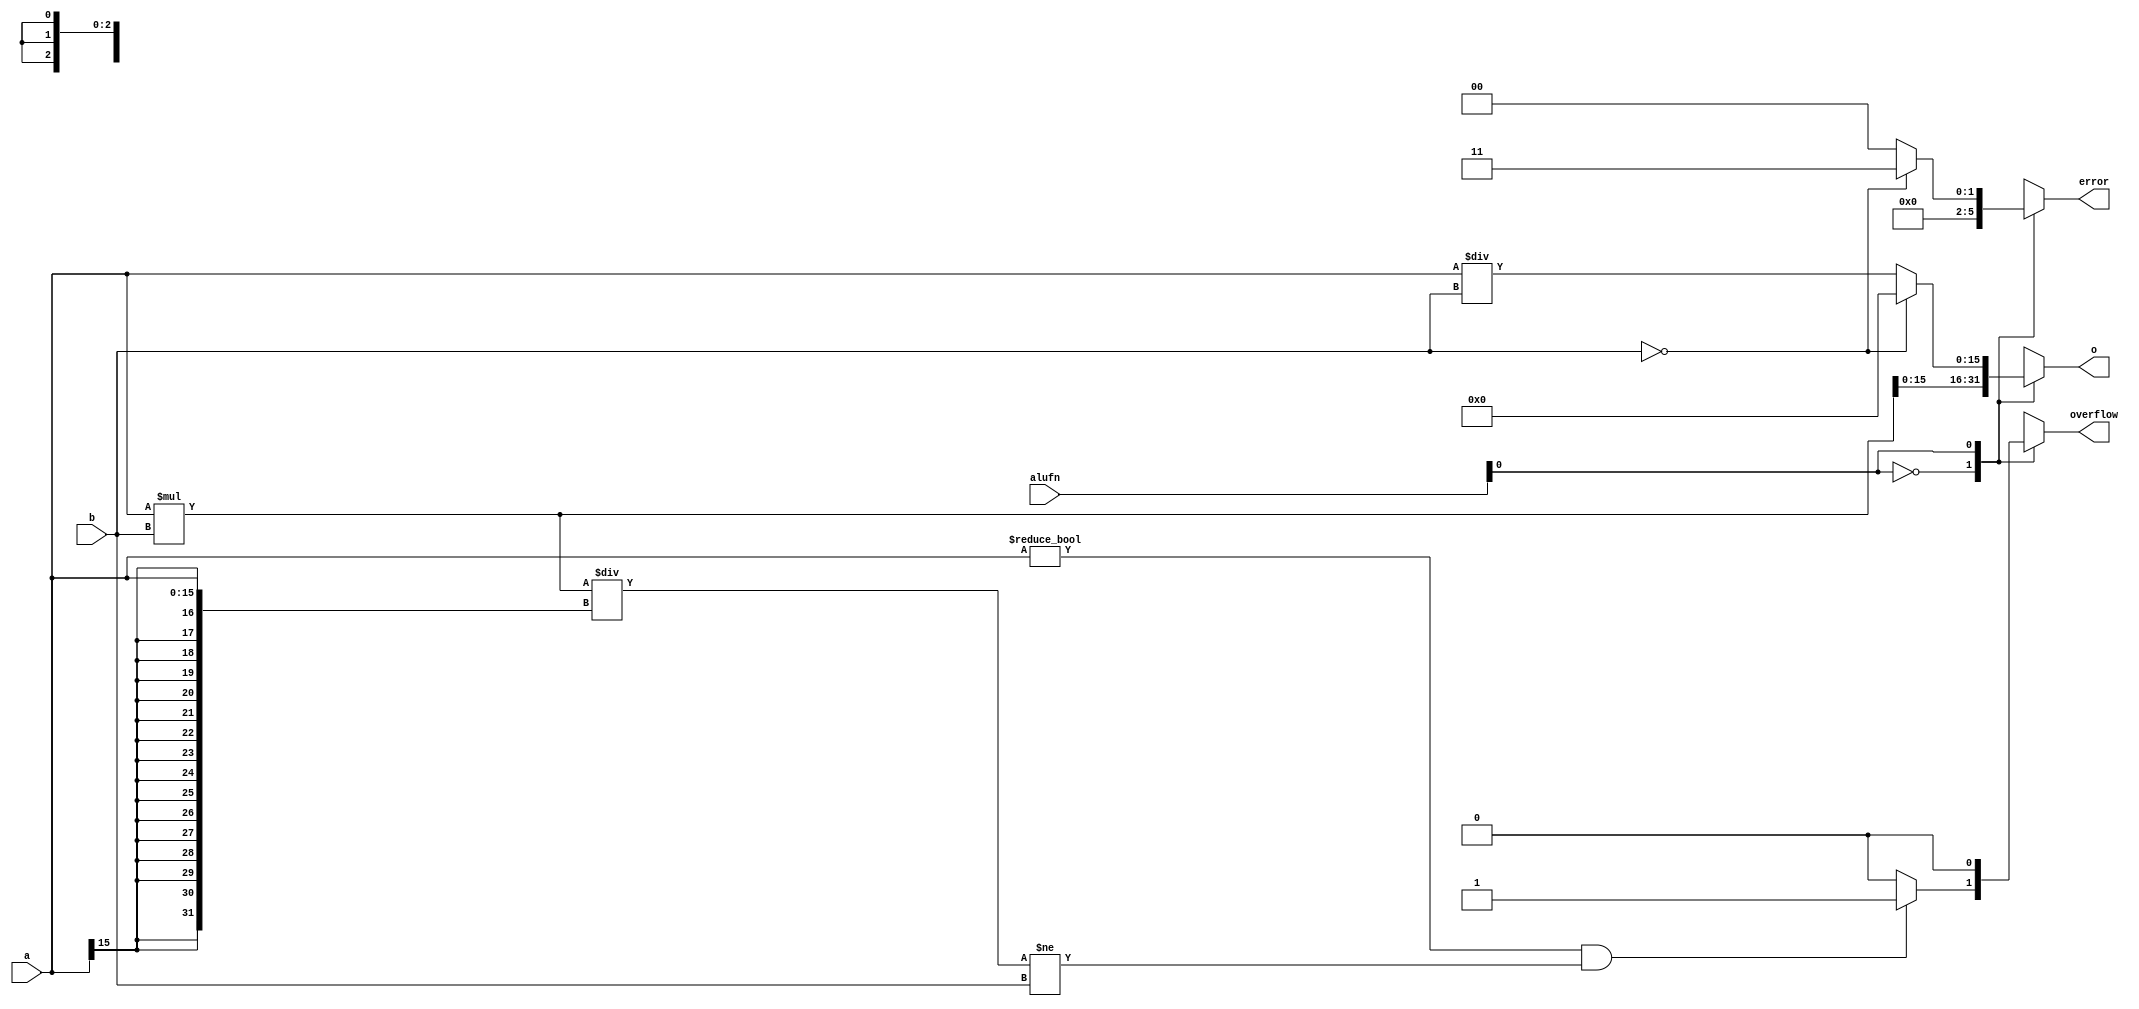
/*
   This file was generated automatically by the Mojo IDE version B1.3.6.
   Do not edit this file directly. Instead edit the original Lucid source.
   This is a temporary file and any changes made to it will be destroyed.
*/

module muldiv_23 (
    input [15:0] a,
    input [15:0] b,
    input [5:0] alufn,
    output reg [15:0] o,
    output reg [2:0] error,
    output reg overflow
  );
  
  
  
  reg [31:0] c;
  
  always @* begin
    o = 1'h0;
    error = 1'h0;
    overflow = 1'h0;
    
    case (alufn[0+0-:1])
      1'h0: begin
        c = $signed(a) * $signed(b);
        o = c[0+15-:16];
        if (a != 1'h0 && $signed(c) / $signed(a) != $signed(b)) begin
          overflow = 1'h1;
        end
      end
      1'h1: begin
        if (b == 1'h0) begin
          error = 3'h3;
        end else begin
          o = $signed(a) / $signed(b);
        end
      end
    endcase
  end
endmodule